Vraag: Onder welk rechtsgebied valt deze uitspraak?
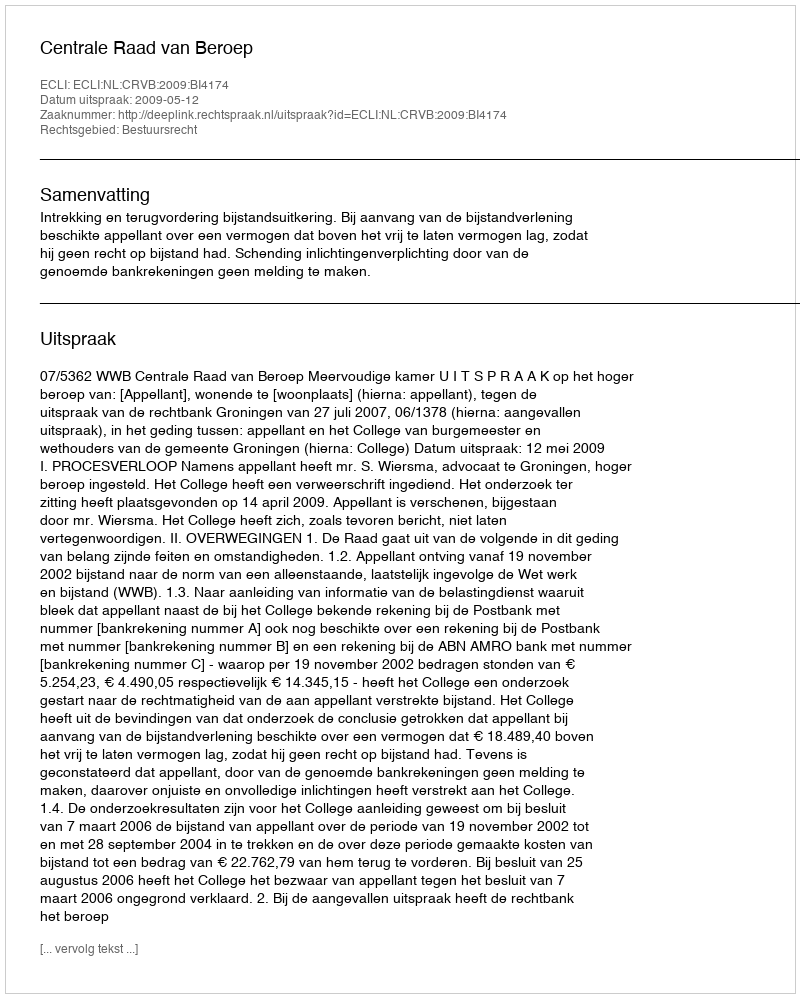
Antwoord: Bestuursrecht